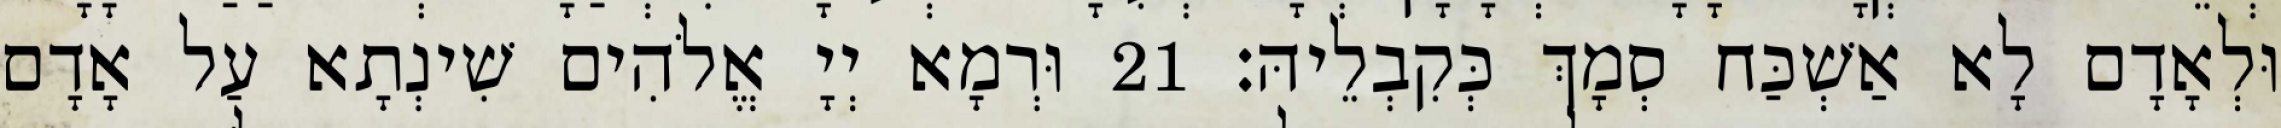
וּלְאָדָם לָא אַשְׁכַּח סְמָךְ כְּקִבְלֵיהּ׃ 21 וּרְמָא יְיָ אֱלֹהִים שִׁינְתָא עַל אָדָם